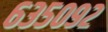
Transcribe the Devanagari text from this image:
६३५०९२